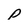
Character: p